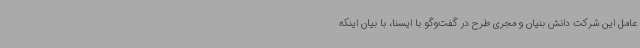
عامل این شرکت دانش بنیان و مجری طرح در گفت‌وگو با ایسنا، با بیان اینکه